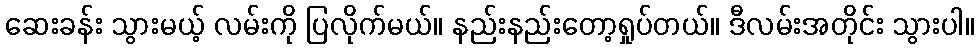
ဆေးခန်း သွားမယ့် လမ်းကို ပြလိုက်မယ်။ နည်းနည်းတော့ရှုပ်တယ်။ ဒီလမ်းအတိုင်း သွားပါ။